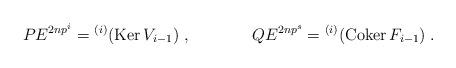
LaTeX: \begin{align*}&PE^{2np^i} = {^{(i)}}(\mathrm{Ker}\, V_{i-1})\;,&QE^{2np^s} = {^{(i)}}(\mathrm{Coker}\,F_{i-1})\;.\end{align*}